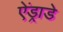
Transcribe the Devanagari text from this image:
ऐंड्राडे